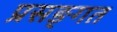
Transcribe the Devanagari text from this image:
प्रसङ्गत